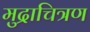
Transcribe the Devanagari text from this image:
मुद्राचित्रण